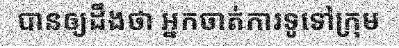
បានឲ្យដឹងថា អ្នកចាត់ការទូទៅក្រុម